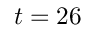
t = 2 6